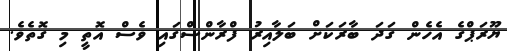
ޔޫރަޕްގެ އެހެން ގަދަ ބާރަކަށް ބަލާއިރު ފްރާންސްގައި ވެސް އޮތީ މި ގޮތެވެ.